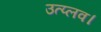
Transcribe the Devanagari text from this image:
उत्प्लव।